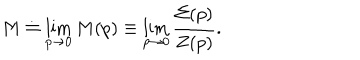
M \doteq \lim _ { p \rightarrow 0 } M ( p ) \equiv \lim _ { p \rightarrow 0 } \frac { \Sigma ( p ) } { Z ( p ) } .